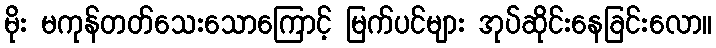
မိုး မကုန်တတ်သေးသောကြောင့် မြက်ပင်များ အုပ်ဆိုင်းနေခြင်းလော။